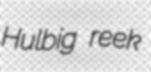
Hulbig reek